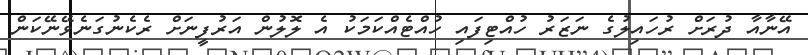
އޭނާއާ ދުރަށް ރުހައިލުގެ ނަޒަރު ހުއްޓިފައި ހުއްޓެއްކަމަކު އެ ލޮލުން އަރުފީނަށް ރެކެނުގަނެވޭނޭކަން